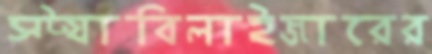
স্ট্যাবিলাইজারের